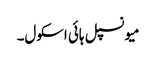
میونسپل ہائی اسکول۔